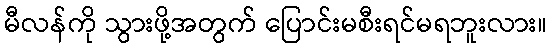
မီလန်ကို သွားဖို့အတွက် ပြောင်းမစီးရင်မရဘူးလား။